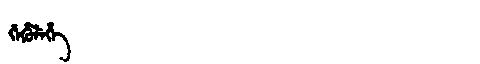
Manchu: ᡤᡝᡥᡠᠯᡝᡥᡝ
Romanization: GEHULEHE